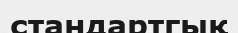
стандартгық